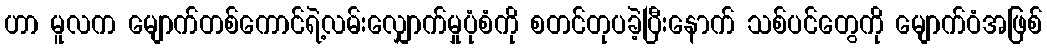
ဟာ မူလက မျောက်တစ်ကောင်ရဲ့လမ်းလျှောက်မှုပုံစံကို စတင်တုပခဲ့ပြီးနောက် သစ်ပင်တွေကို မျောက်ဝံအဖြစ်